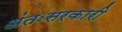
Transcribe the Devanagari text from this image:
अंतःसरकारी